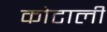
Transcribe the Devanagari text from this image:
कोटाली